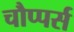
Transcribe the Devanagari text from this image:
चौप्पर्स